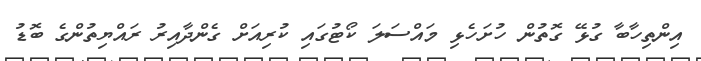
އިންތިހާބާ ގުޅޭ ގޮތުން ހުށަހެޅި މައްސަލަ ކޯޓުގައި ކުރިއަށް ގެންދާއިރު ރައްޔިތުންގެ ބޮޑު